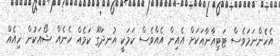
އެހެންނަމަވެސް ޓަޓިއާނާއަކަށް އެއިން އެއްވެސް ކަމަކީ އުނދަގޫ ކަމެއް ހެނެއް ޝޯއަކުން ހިއެއް